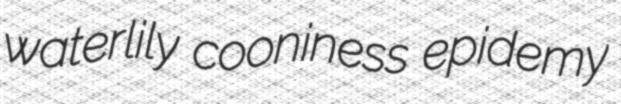
waterlily cooniness epidemy